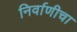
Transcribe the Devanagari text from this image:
निर्वाणीचा